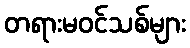
တရားမဝင်သစ်များ